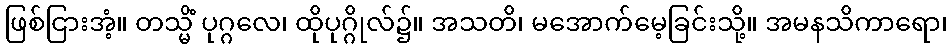
ဖြစ်ငြားအံ့။ တသ္မိံ ပုဂ္ဂလေ၊ ထိုပုဂ္ဂိုလ်၌။ အသတိ၊ မအောက်မေ့ခြင်းသို့။ အမနသိကာရော၊